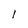
Character: 1